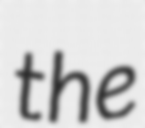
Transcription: the